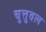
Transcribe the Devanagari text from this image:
चुत्तुवल